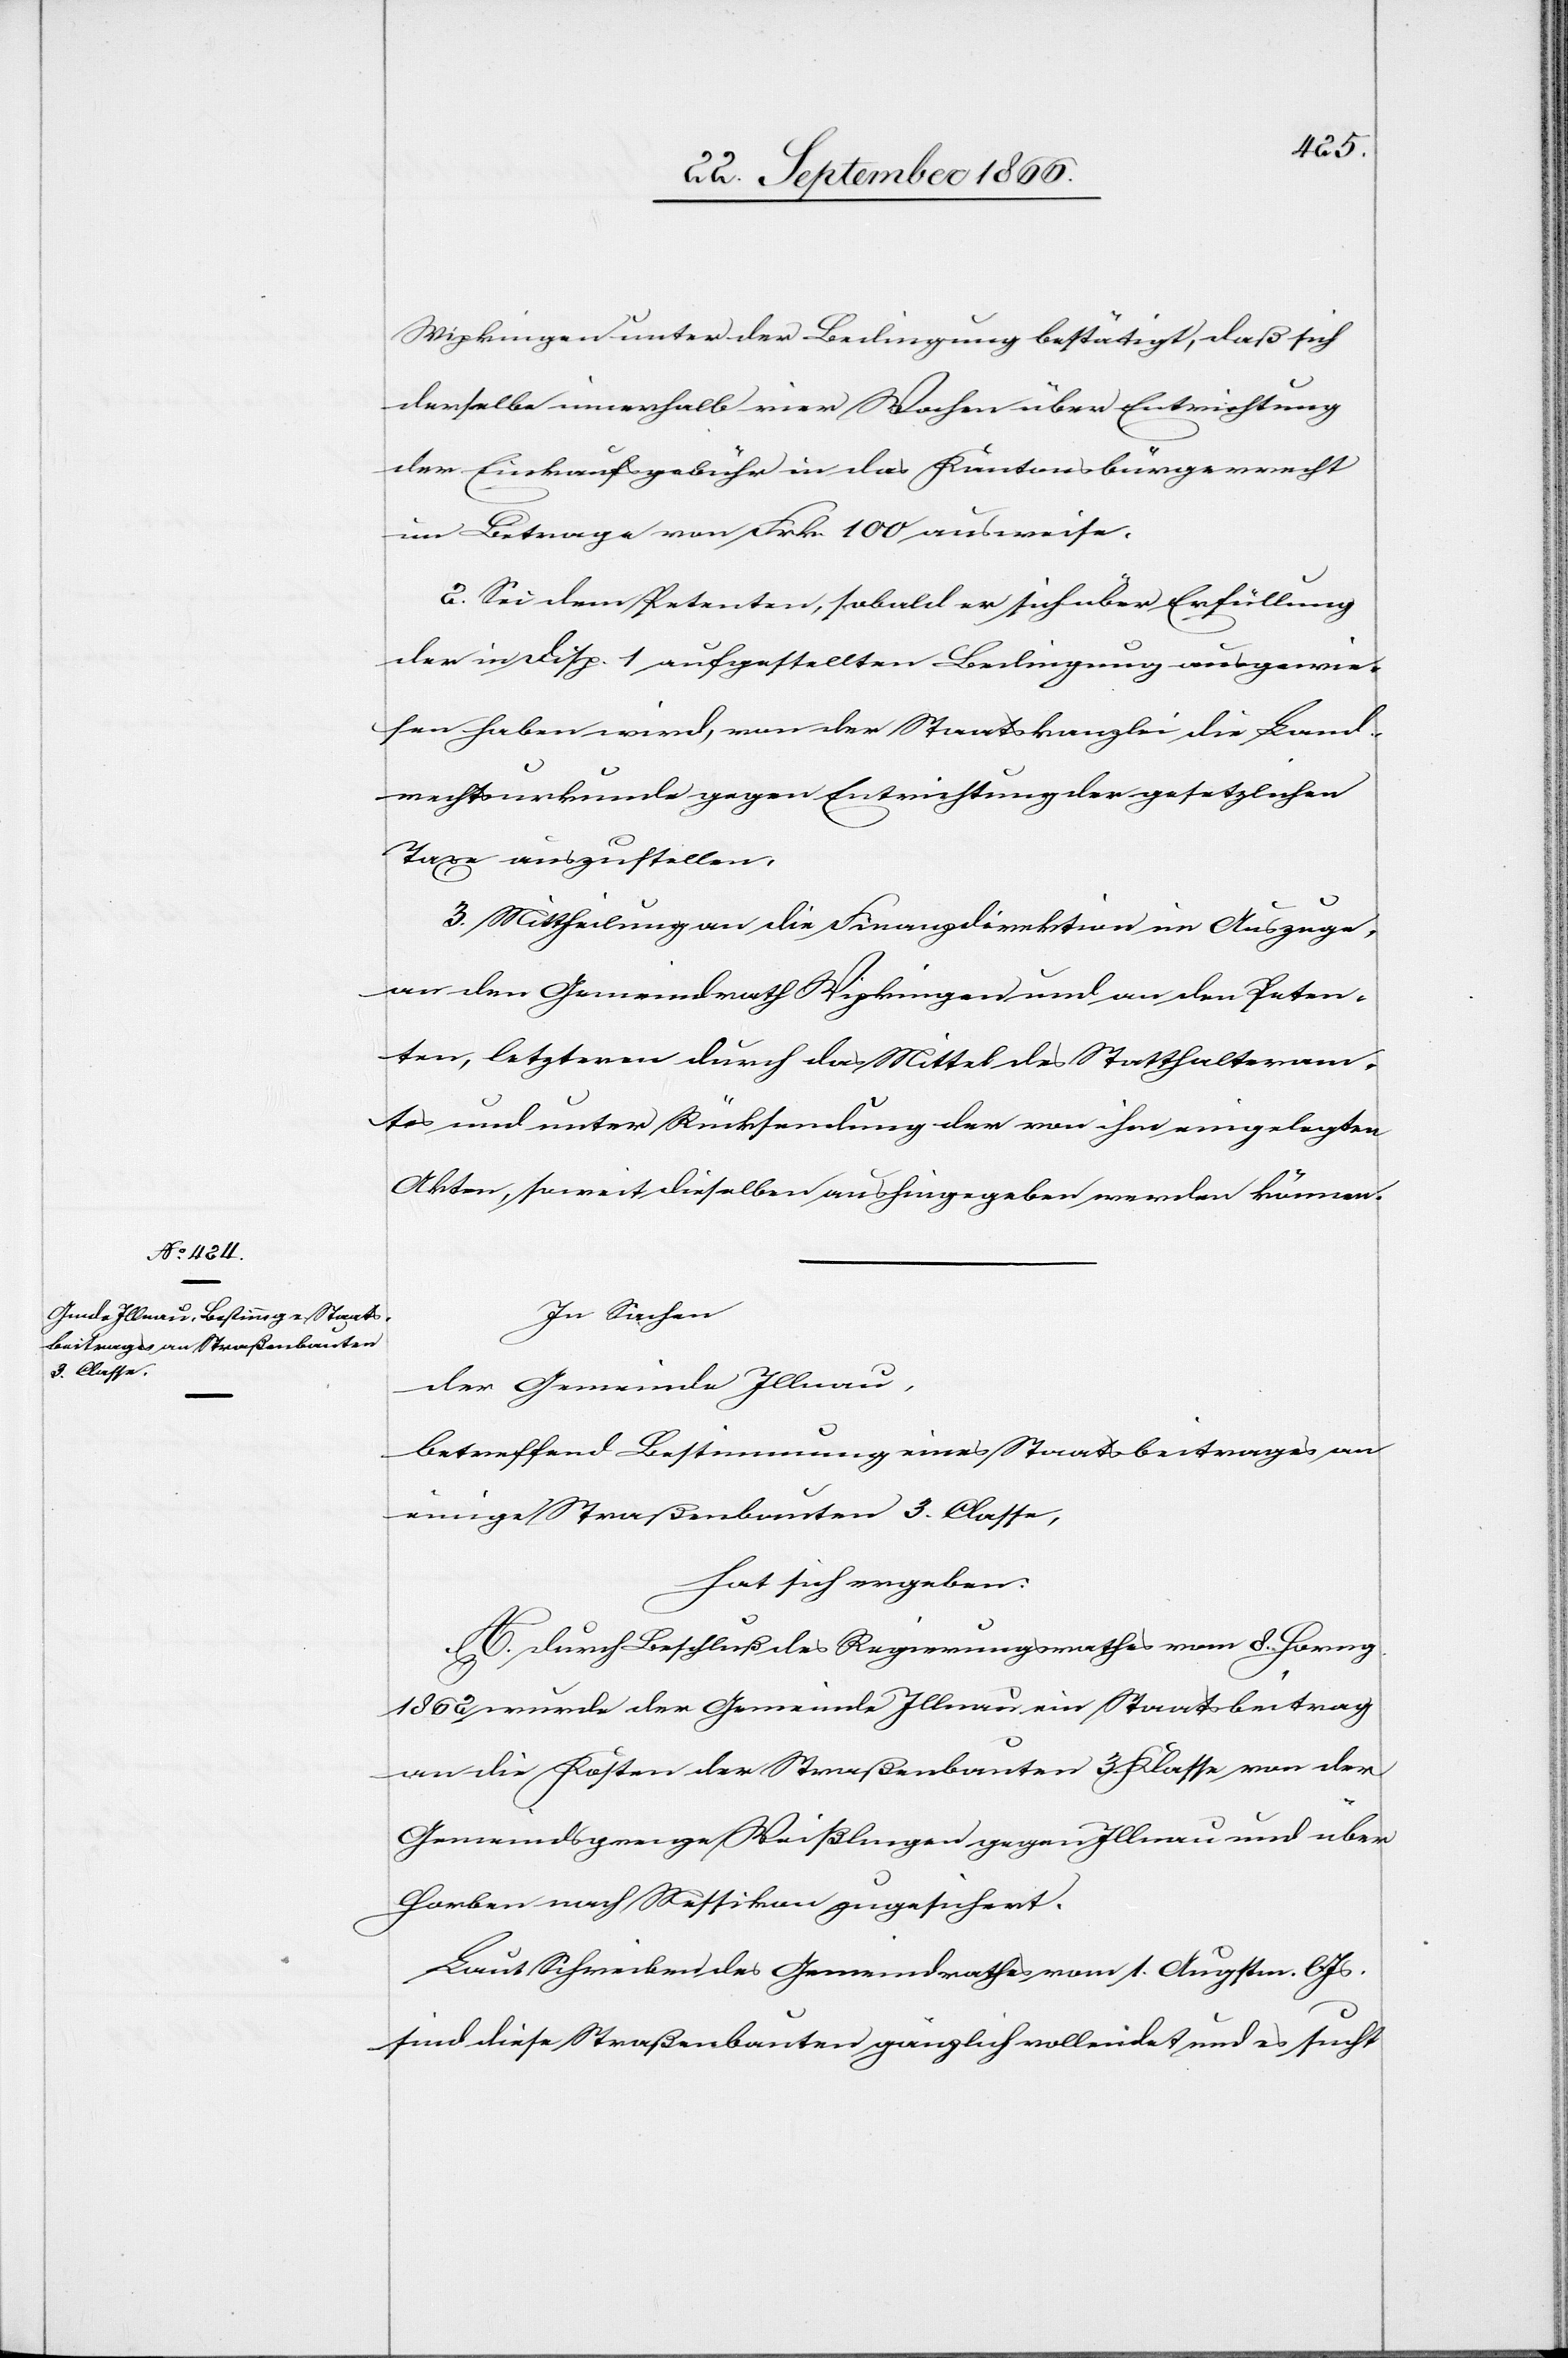
Wipkingen unter der Bedingung bestätigt, daß sich
derselbe innerhalb vier Wochen über Entrichtung
der Einkaufsgebühr in das Kantonsbürgerrecht
im Betrag von Frk. 100 ausweise.
2. Sei dem Petenten, sobald er sich über Erfüllung
der in Disp. 1 aufgestellten Bedingung ausgewie¬
sen haben wird, von der Staatskanzlei die Land¬
rechtsurkunde gegen Entrichtung der gesetzlichen
Taxe auszustellen.
3. Mittheilung an die Finanzdirektion im Auszuge,
an den Gemeindrath Wipkingen und an den Peten¬
ten, letztern durch das Mittel des Statthalteram¬
tes und unter Rücksendung der von ihm eingelegten
Akten, soweit dieselben aushingegeben werden können.
In Sachen
der Gemeinde Illnau,
betreffend Bestimmung eines Staatsbeitrages an
einige Straßenbauten 3. Classe,
hat sich ergeben:
A. Durch Beschluß des Regierungsrathes vom 8. Horng.
1862 wurde der Gemeinde Illnau ein Staatsbeitrag
an die Kosten der Straßenbauten 3. Klasse von der
Gemeindsgrenze Weißlingen gegen Illnau und über
Horben nach Wessikon zugesichert.
Laut Schreiben des Gemeindrathes vom 1. Augstm. lJs.
sind diese Straßenbauten gänzlich vollendet und es sucht